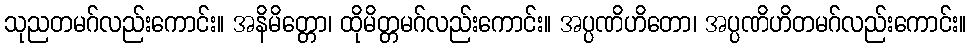
သုညတမဂ်လည်းကောင်း။ အနိမိတ္တော၊ ထိုမိတ္တမဂ်လည်းကောင်း။ အပ္ပဏိဟိတော၊ အပ္ပဏိဟိတမဂ်လည်းကောင်း။